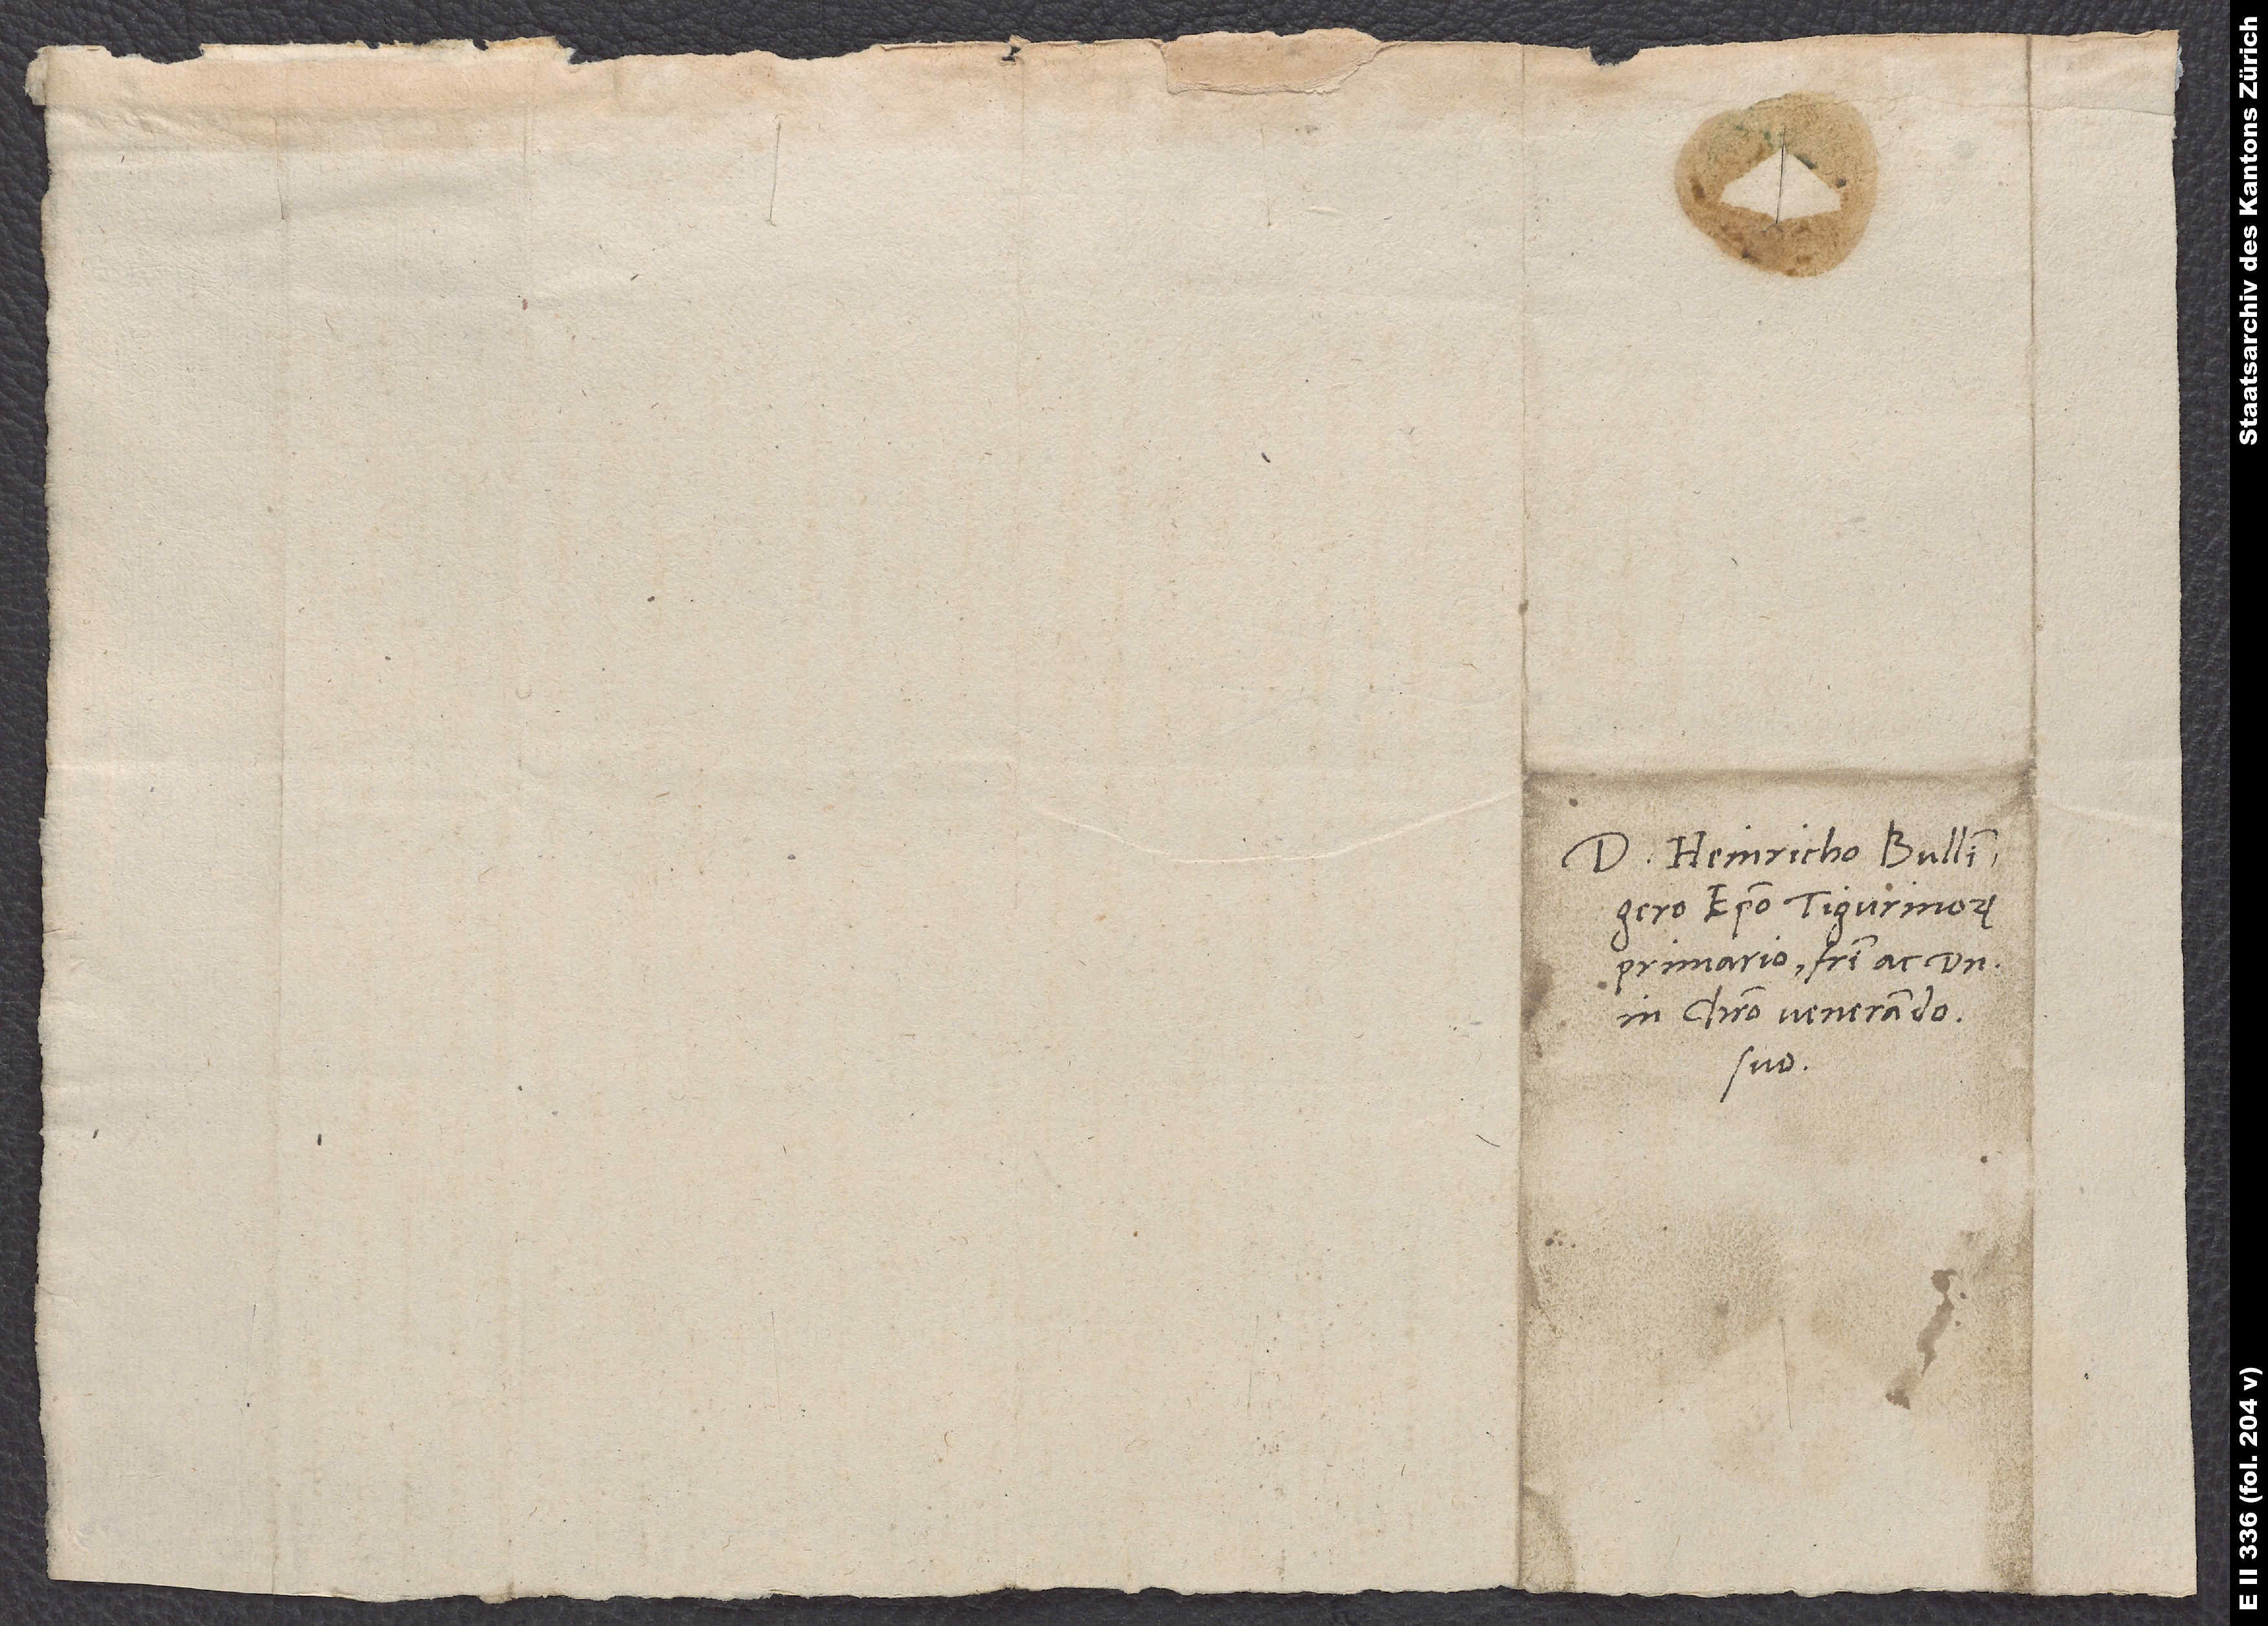
Domino Heinricho Bullingero,
episcopo Tigurinorum
primario, fratri ac domino
in Christo venerando
suo.